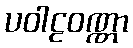
ပဝါဠဝဏ္ဏာ